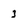
Character: 3